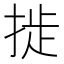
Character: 𫽉